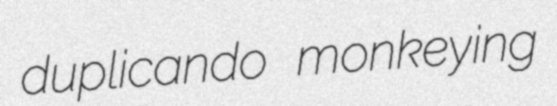
duplicando monkeying